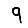
Digit: 9